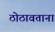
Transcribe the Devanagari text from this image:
ठोठावताना